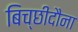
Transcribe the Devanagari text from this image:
बिच्छीदौना